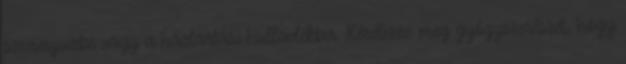
szennyvízbe vagy a háztartási hulladékba. Kérdezze meg gyógyszerészét, hogy